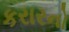
કરારનો